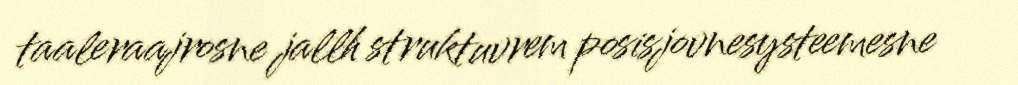
taaleraajrosne jallh struktuvrem posisjovnesysteemesne